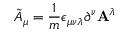
{ \tilde { A } } _ { \mu } = \frac { 1 } { m } \epsilon _ { \mu \nu \lambda } \partial ^ { \nu } { \bf A } ^ { \lambda }